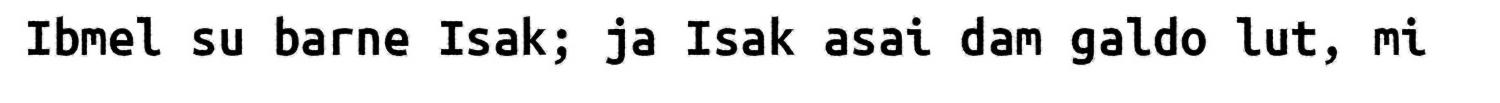
Ibmel su barne Isak; ja Isak asai dam galdo lut, mi